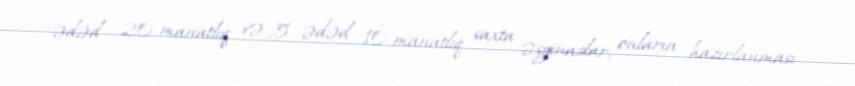
ədəd 20 manatlıq və 5 ədəd 10 manatlıq saxta əsginaslar, onların hazırlanması